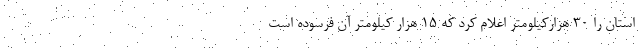
استان را ۳۰ هزارکیلومتر اعلام کرد که ۱۵ هزار کیلومتر آن فرسوده است